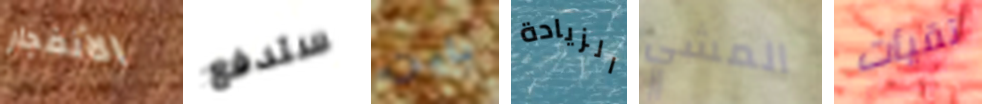
الأنفجار ستدفع باين الزيادة المشي تقيأت